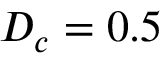
D _ { c } = 0 . 5